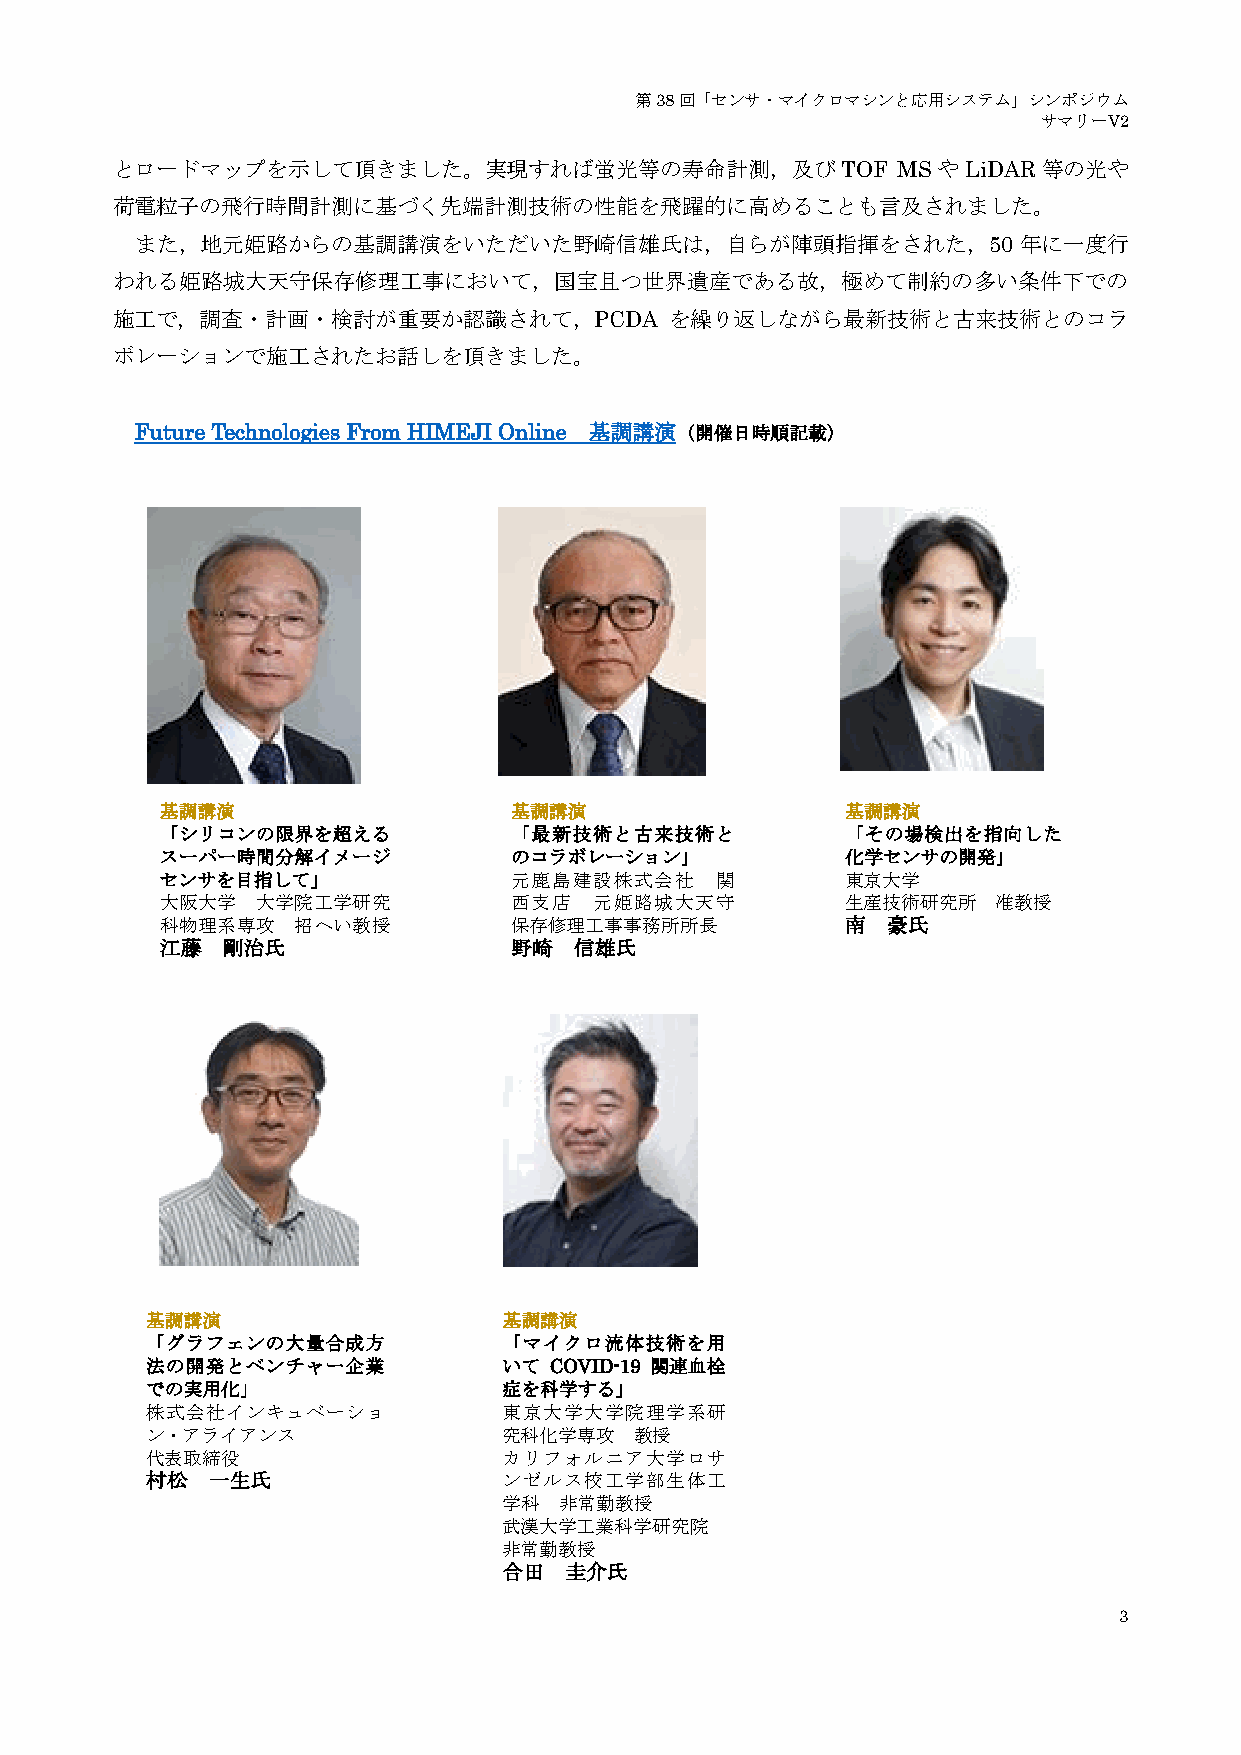
第38回「センサ・マイクロマシンと応用システム」シンポジウム
 サマリーV2
 とロードマップを示して頂きました。実現すれば蛍光等の寿命計測，及びTOF                MSやLiDAR等の光や
 荷電粒子の飛行時間計測に基づく先端計測技術の性能を飛躍的に高めることも言及されました。
 また，地元姫路からの基調講演をいただいた野崎信雄氏は，自らが陣頭指揮をされた，50                 年に一度行
 われる姫路城大天守保存修理工事において，国宝且つ世界遺産である故，極めて制約の多い条件下での
 施工で，調査・計画・検討が重要か認識されて，PCDA           を繰り返しながら最新技術と古来技術とのコラ
 ボレーションで施工されたお話しを頂きました。
 Future Technologies From HIMEJI Online 基調講演（開催日時順記載）
 基調講演                   基調講演                  基調講演
 「シリコンの限界を超える           「最新技術と古来技術と           「その場検出を指向した
 スーパー時間分解イメージ           のコラボレーション」            化学センサの開発」
 センサを目指して」              元鹿島建設株式会社    関        東京大学
 大阪大学  大学院工学研究          西支店  元姫路城大天守          生産技術研究所   准教授
 科物理系専攻  招へい教授          保存修理工事事務所所長           南  豪氏
 江藤  剛治氏                野崎  信雄氏
 基調講演                   基調講演
 「グラフェンの大量合成方           「マイクロ流体技術を用
 法の開発とベンチャー企業           いて COVID-19 関連血栓
 での実用化」                 症を科学する」
 株式会社インキュベーショ           東京大学大学院理学系研
 ン・アライアンス               究科化学専攻   教授
 代表取締役                  カリフォルニア大学ロサ
 村松  一生氏                ンゼルス校工学部生体工
 学科  非常勤教授
 武漢大学工業科学研究院
 非常勤教授
 合田  圭介氏
 3